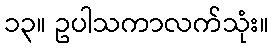
၁၃။ ဥပါသကာလက်သုံး။